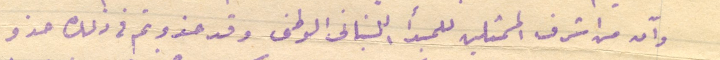
وآن من اشرف الممثلين للمبدأ اللبنانى الوطنى وقد حذوتم فى ذلك حذو